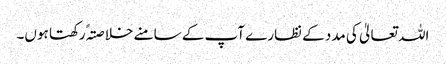
اللہ تعالیٰ کی مدد کے نظارے آپ کے سامنے خلاصتہً رکھتا ہوں۔